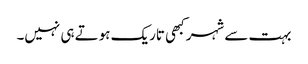
بہت سے شہر کبھی تاریک ہوتے ہی نہیں۔